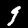
Digit: 9